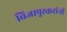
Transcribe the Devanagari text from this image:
विजापूरकरांनी